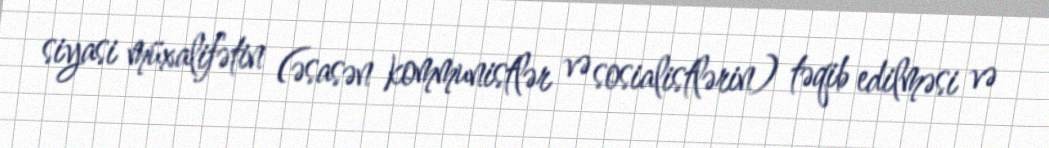
siyasi müxalifətin (əsasən kommunistlər və sosialistlərin) təqib edilməsi və